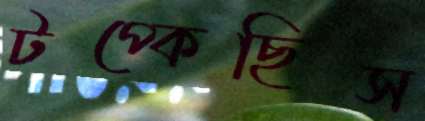
টপ্‌কেছিস